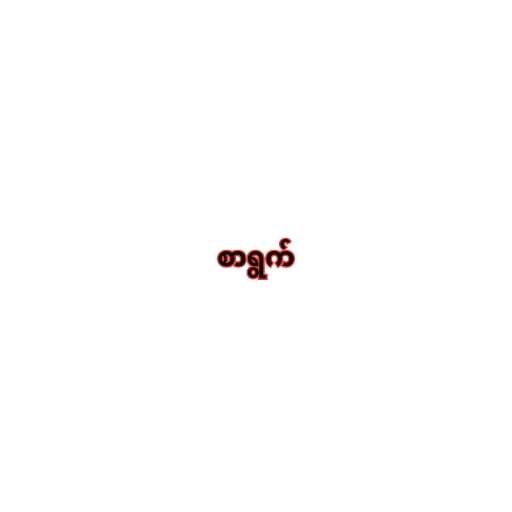
စာရွက်